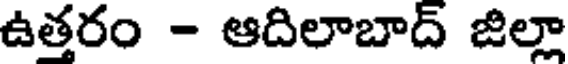
ఉత్తరం - ఆదిలాబాద్ జిల్లా